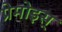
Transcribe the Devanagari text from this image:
प्रेमोइस्